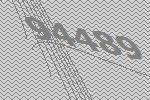
94489